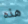
هذه